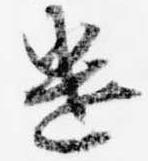
遣